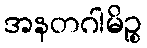
အနတဂါမိဉ္စ